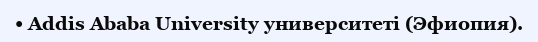
• Addis Ababa University университеті (Эфиопия).